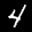
Label: 4